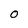
Character: O